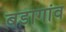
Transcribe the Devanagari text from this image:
बडागांव